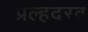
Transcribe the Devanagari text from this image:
प्रल्हदरव